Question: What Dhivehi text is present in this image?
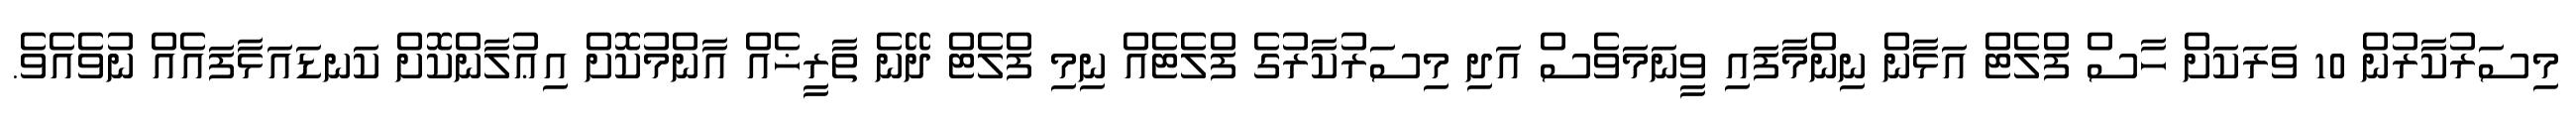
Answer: މިސަރުކާރުން 10 ވަރަކަށް ހާސް ފްލެޓް އަޅާން ނިންމާފައި ވީނަމަވެސް އަދި މިސަރުކާރުގެ ފްލެޓެއް ނިމި ފްލެޓް ދޭނެ ތާރީޚެއް އާންމުކޮށް އިޢުލާންކޮށް ކަނޑައަޅާފައެއް ނުވެއެވެ.